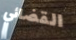
القضائي